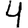
Digit: 4